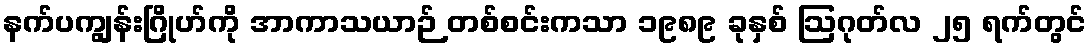
နက်ပကျွန်းဂြိုဟ်ကို အာကာသယာဉ် တစ်စင်းကသာ ၁၉၈၉ ခုနှစ် ဩဂုတ်လ ၂၅ ရက်တွင်